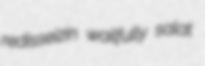
redisseizin wailfully salat